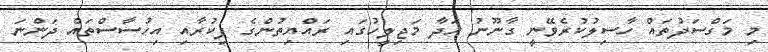
މި މަގްސަދުތައް ހާސިލުކުރެވޭނީ ގާނޫނު ހަދާ މަޖިލީހުގައި ރައްޔިތުންގެ ފިކުރާއި އިހުސާސްތައް ދަންނަ